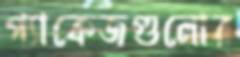
প্যাকেজগুলোর